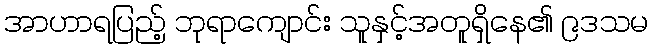
အာဟာရပြည့် ဘုရာကျောင်း သူနှင့်အတူရှိနေ၏ ၉ဒသမ